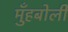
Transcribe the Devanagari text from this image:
मुँहबोली